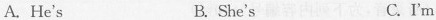
A. He's B. She's C. I'm